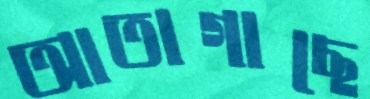
আতাগাছে